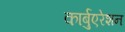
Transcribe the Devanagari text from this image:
कार्बुएरेशन